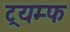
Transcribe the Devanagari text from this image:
ट्रयम्फ